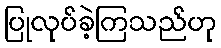
ပြုလုပ်ခဲ့ကြသည်ဟု